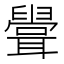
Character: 𦗶